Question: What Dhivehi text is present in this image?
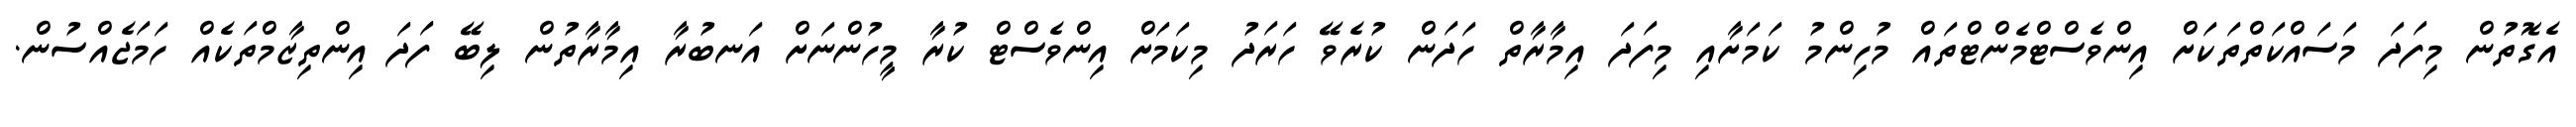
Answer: އެގޮތުން މިފަދަ މަސައްކަތްތަކަށް އިންވެސްޓްމެންޓްތައް މުހިންމު ކަމަށާއި މިފަދަ އިމާރާތް ހަދަން ކުރެވޭ ހަރަދު މިކަމަށް އިންވެސްޓް ކުރާ މީހުންނަށް އަނބުރާ އިމާރާތުން ލިބޭ ފަދަ އިންތިޒާމްތަކެއް ހަމަޖެއްސުން.